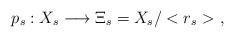
LaTeX: \begin{align*}p_s : X_s \longrightarrow \Xi_s = X_s / < r_s > \ ,\end{align*}